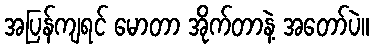
အပြန်ကျရင် မောတာ အိုက်တာနဲ့ အတော်ပဲ။